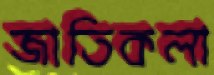
জাতিকলা